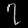
Digit: ၇